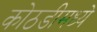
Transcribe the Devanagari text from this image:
कोठडीमध्ये